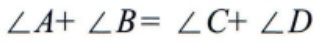
\(\angle A + \angle B = \angle C + \angle D\)